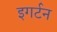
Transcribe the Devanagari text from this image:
इगर्टन